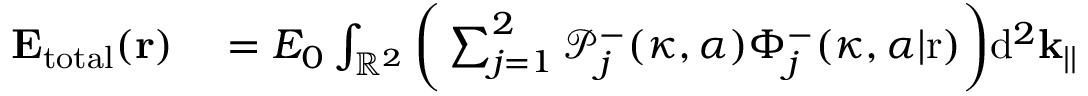
\begin{array} { r l } { \mathbf { E _ { \mathrm { t o t a l } } } ( \mathbf { r } ) } & { { } = E _ { 0 } \int _ { \mathbb { R } ^ { 2 } } \bigg ( \sum _ { j = 1 } ^ { 2 } \mathcal { P } _ { j } ^ { - } ( \kappa , \alpha ) \Phi _ { j } ^ { - } ( \kappa , \alpha | \mathrm { r } ) \bigg ) \mathrm { d } ^ { 2 } \mathbf { k } _ { | | } } \end{array}